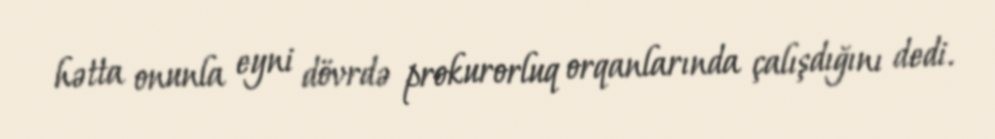
hətta onunla eyni dövrdə prokurorluq orqanlarında çalışdığını dedi.